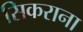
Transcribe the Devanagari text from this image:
सिकराना